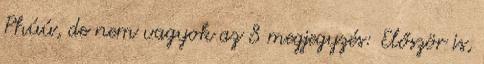
Phúú, de nem vagyok az 8 megjegyzés: Először is,